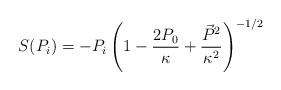
\begin{align*} S(P_{i})=-P_{i}\left(1 - \frac{2P_{0}}{\kappa} + \frac{\vec{P}^{2}}{\kappa^{2}}\right)^{-1/2}\end{align*}